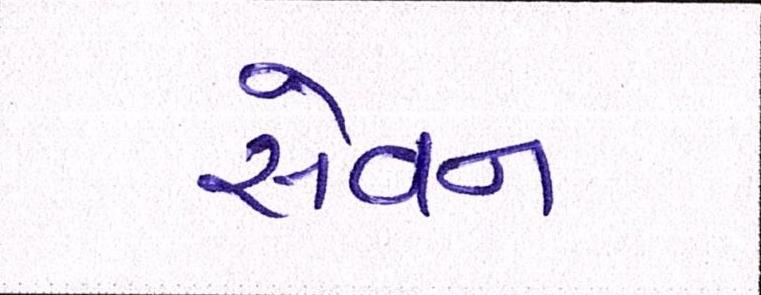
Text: સેવન